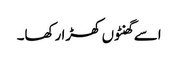
اسے گھنٹوں کھڑا رکھا۔